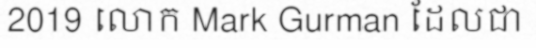
2019 លោក Mark Gurman ដែលជា